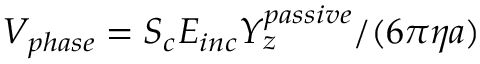
V _ { p h a s e } = S _ { c } E _ { i n c } Y _ { z } ^ { p a s s i v e } / ( 6 \pi \eta a )